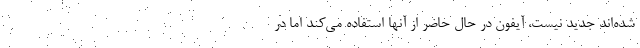
شده‌اند جدید نیست، آیفون در حال حاضر از آنها استفاده می‌کند اما در